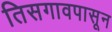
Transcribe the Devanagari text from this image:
तिसगावपासून